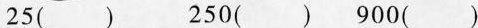
25() 250() 900()